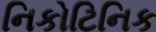
નિકોટિનિક